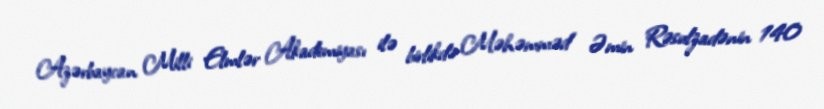
Azərbaycan Milli Elmlər Akademiyası ilə birlikdə Məhəmməd Əmin Rəsulzadənin 140